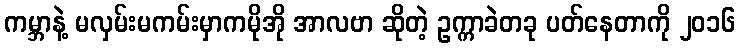
ကမ္ဘာနဲ့ မလှမ်းမကမ်းမှာကမိုအို အာလဗာ ဆိုတဲ့ ဥက္ကာခဲတခု ပတ်နေတာကို ၂၀၁၆